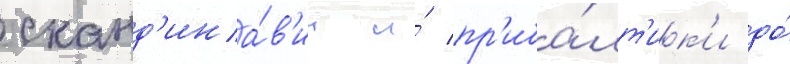
сканд'ина́в'ии и́ пр'иба́лт'ик'и до́